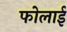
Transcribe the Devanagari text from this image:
फोलाई